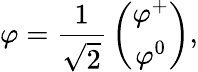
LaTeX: \varphi={\frac{1}{\sqrt{2}}}\left({\begin{array}{c}{\varphi^{+}}\\ {\varphi^{0}}\end{array}}\right),